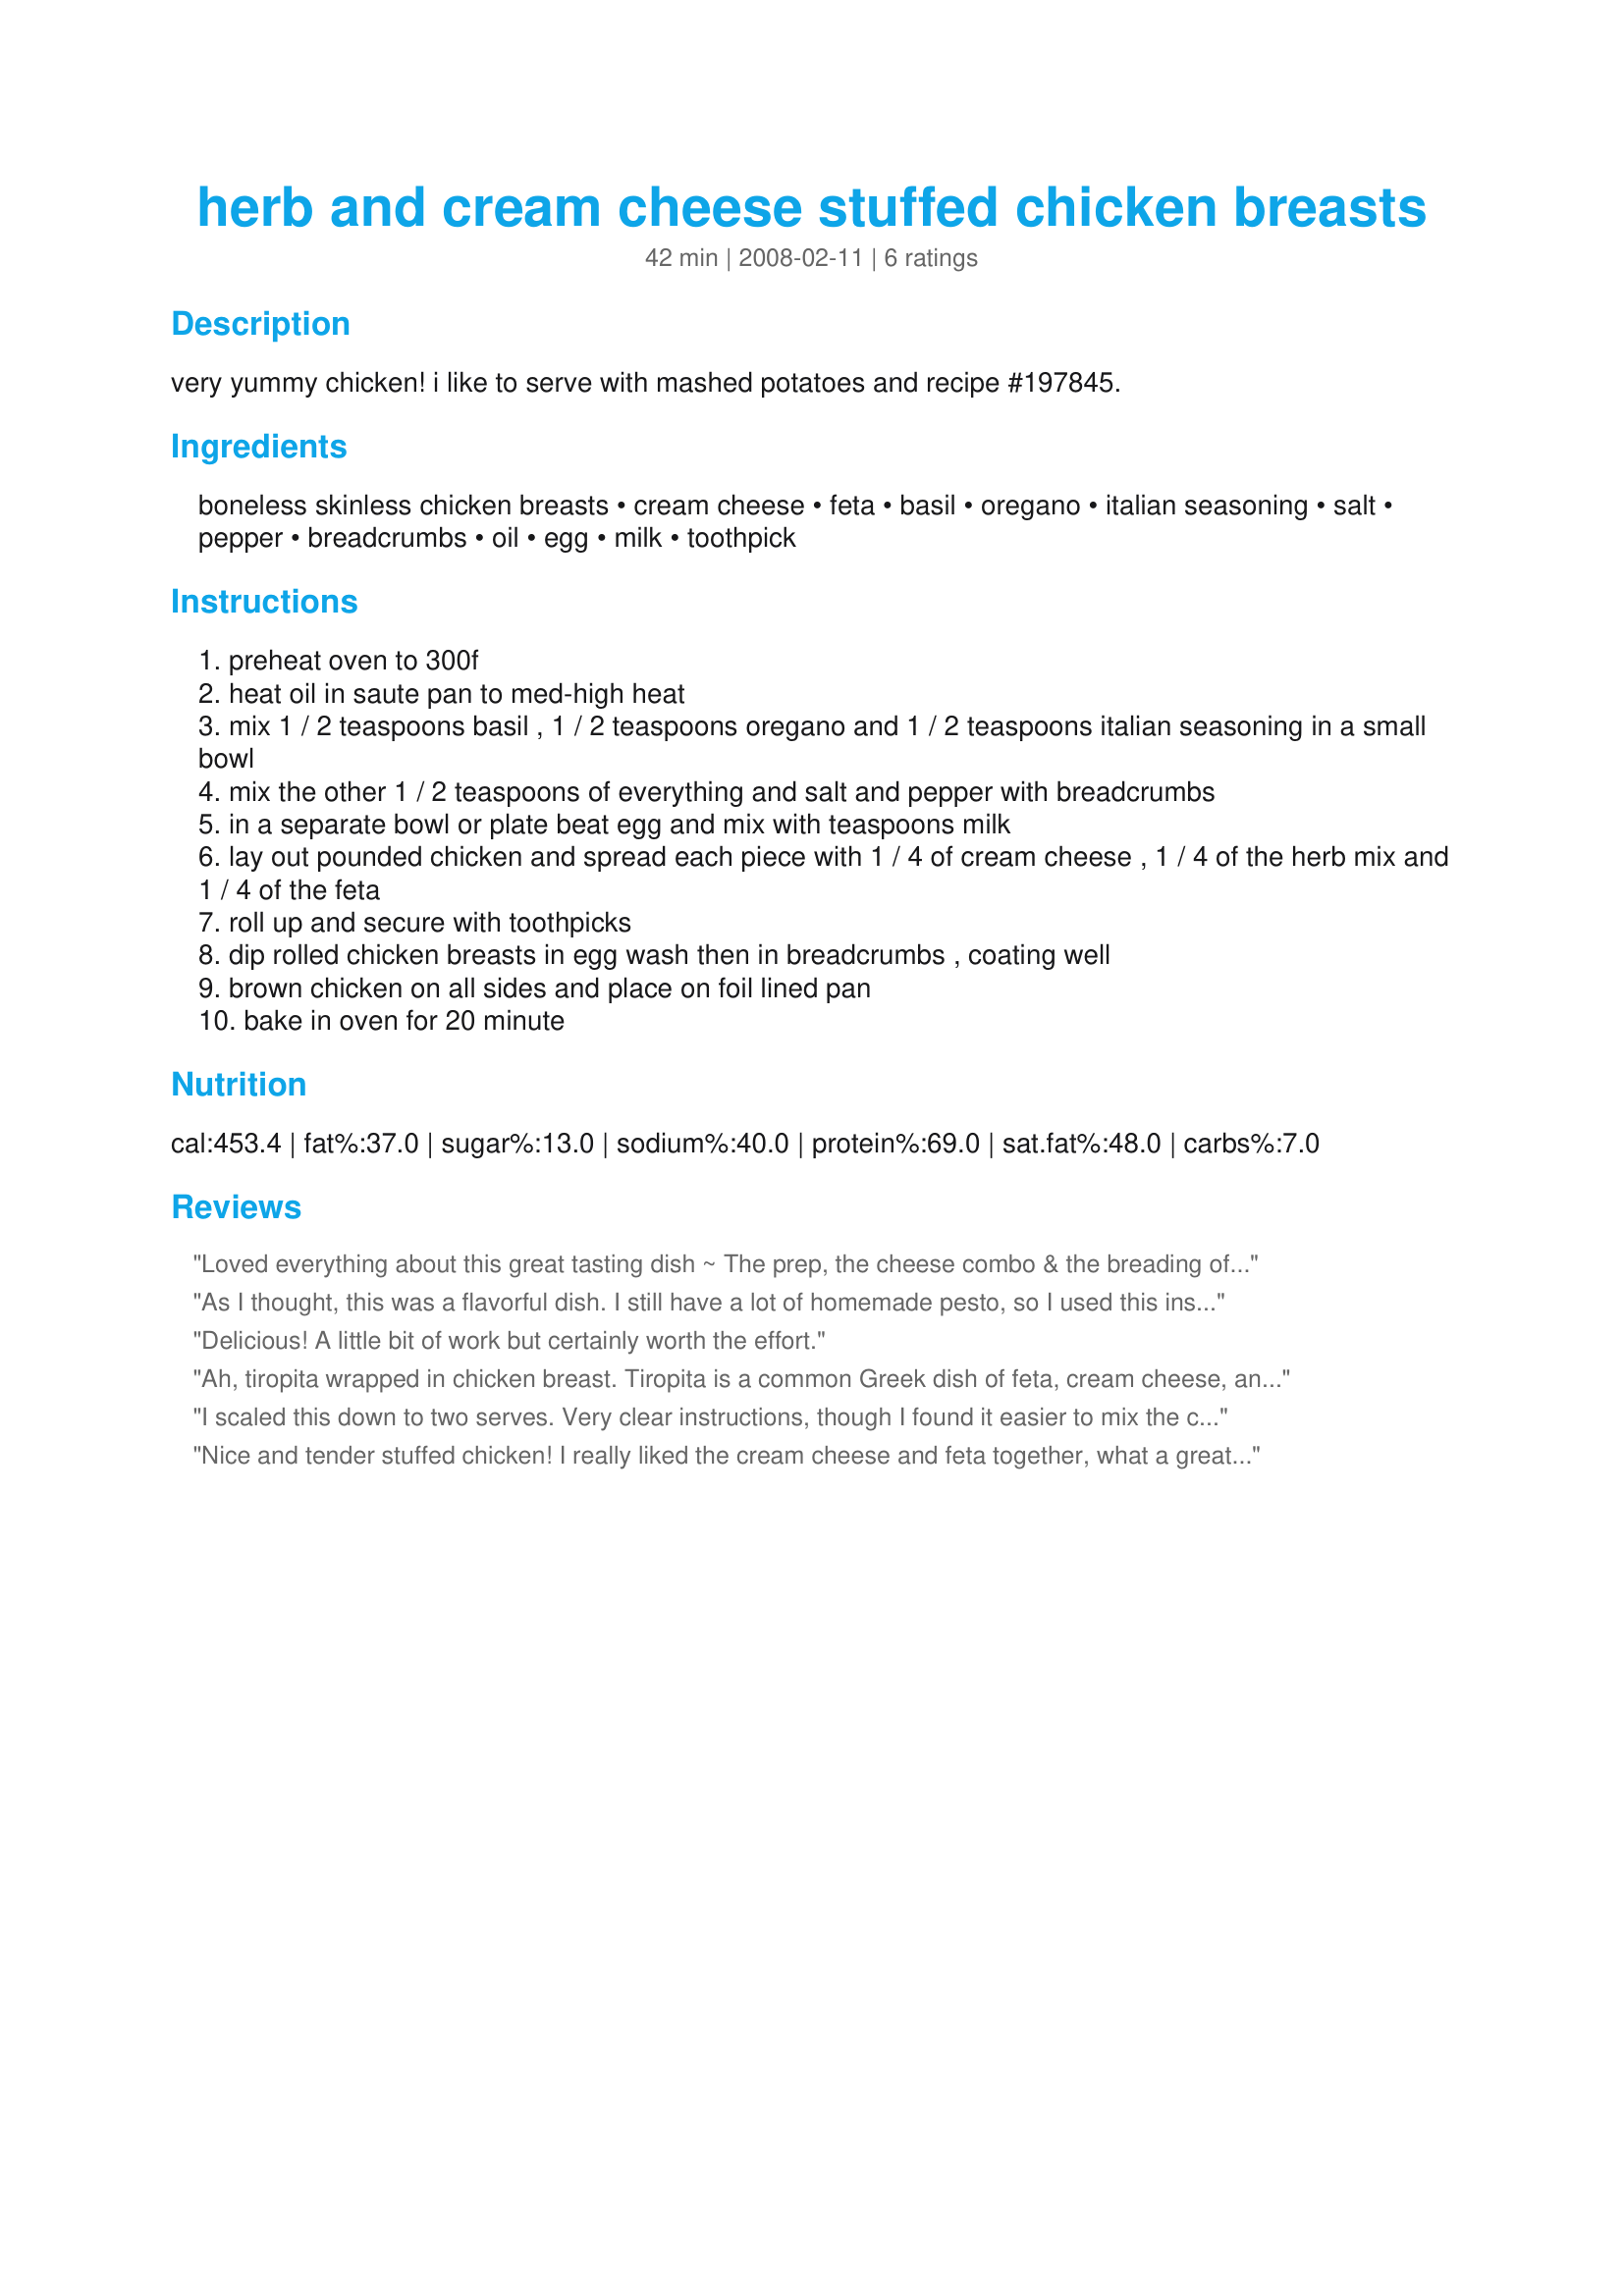
herb and cream cheese stuffed chicken breasts
Preparation time: 42 minutes

very yummy chicken! i like to serve with mashed potatoes and recipe #197845.

Ingredients:
boneless skinless chicken breasts, cream cheese, feta, basil, oregano, italian seasoning, salt, pepper, breadcrumbs, oil, egg, milk, toothpick

Steps:
preheat oven to 300f
heat oil in saute pan to med-high heat
mix 1 / 2 teaspoons basil , 1 / 2 teaspoons oregano and 1 / 2 teaspoons italian seasoning in a small bowl
mix the other 1 / 2 teaspoons of everything and salt and pepper with breadcrumbs
in a separate bowl or plate beat egg and mix with teaspoons milk
lay out pounded chicken and spread each piece with 1 / 4 of cream cheese , 1 / 4 of the herb mix and 1 / 4 of the feta
roll up and secure with toothpicks
dip rolled chicken breasts in egg wash then in breadcrumbs , coating well
brown chicken on all sides and place on foil lined pan
bake in oven for 20 minute

Reviews:
Loved everything about this great tasting dish ~ The prep, the cheese combo & the breading of the breasts which boosted the flavor to a wonderful high! Although this time around it was made for just the 2 of us, I look forward to serving this when we have company another time! [Tagged & made in Please Review My Recipe]
As I thought, this was a flavorful dish. I still have a lot of homemade pesto, so I used this instead of basil. The combination of herbs with breadcrumbs was very nice. I had to cook this longer, because the breast had very different sizes (a huge one and tree smaller pieces)...but no problem... I knew this and I had enough time!
Delicious! A little bit of work but certainly worth the effort.
Ah, tiropita wrapped in chicken breast. Tiropita is a common Greek dish of feta, cream cheese, and egg mixed then wrapped in phyllo dough (like a turnover). The only change I made was mixed the filling together first, and used panko bread crumbs. A nice treat, thanks for sharing the recipe.
I scaled this down to two serves. Very clear instructions, though I found it easier to mix the cream cheese, feta and herb mix together then spread it onto the chicken pieces. I added my favourite rosemary and sage combination to the other herbs: none were omitted! Mine browned nicely in just under 40 minutes and were wonderfully moist and flavoursome. I agree with Kim127, the cream cheese, herb and feta filling was just so wonderfully delicious. Thank you for sharing this recipe! Made for PRMR.
Nice and tender stuffed chicken! I really liked the cream cheese and feta together, what a great combination. My chicken breast were fairly large so I baked for almost 40 minutes. The breading was a great touch. Thanks! Made for Please Review My Recipe Tag Game.
